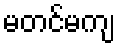
မတင်မကျ